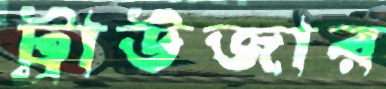
ট্রাউজার